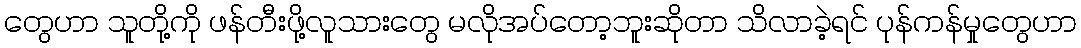
တွေဟာ သူတို့ကို ဖန်တီးဖို့လူသားတွေ မလိုအပ်တော့ဘူးဆိုတာ သိလာခဲ့ရင် ပုန်ကန်မှုတွေဟာ